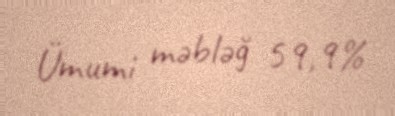
Ümumi məbləğ 59,9%